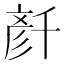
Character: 𠦳